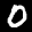
Label: 0